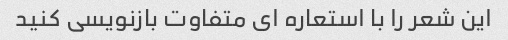
این شعر را با استعاره ای متفاوت بازنویسی کنید